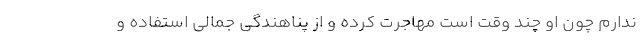
ندارم چون او چند وقت است مهاجرت کرده و از پناهندگی جمالی استفاده و